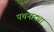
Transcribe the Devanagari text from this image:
पथनाट्या